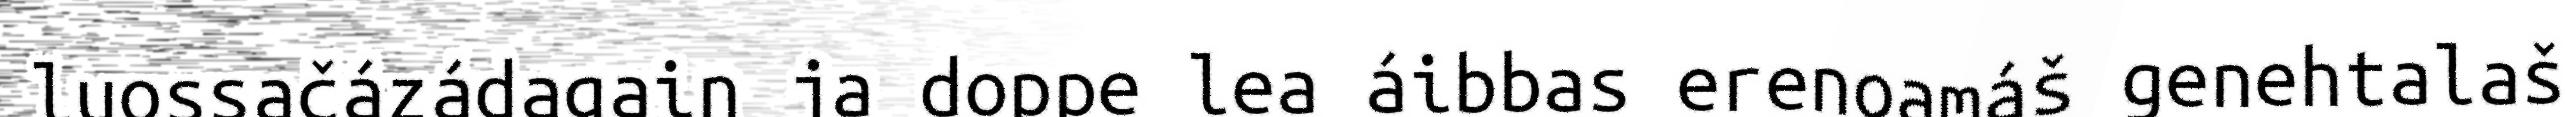
luossačázádagain ja doppe lea áibbas erenoamáš genehtalaš